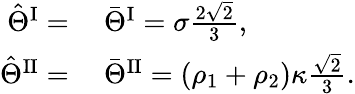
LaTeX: \begin{array}{rl}{\hat{\Theta}^{\mathrm{I}}=}&{{}~\bar{\Theta}^{\mathrm{I}}=\sigma\frac{2\sqrt{2}}{3},}\\ {\hat{\Theta}^{\mathrm{II}}=}&{{}~\bar{\Theta}^{\mathrm{II}}=(\rho_{1}+\rho_{2})\kappa\frac{\sqrt{2}}{3}.}\end{array}